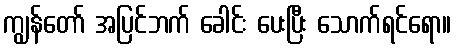
ကျွန်တော် အပြင်ဘက် ခေါင်း ပေးပြီး သောက်ရင်ရော။